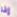
إذا